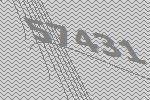
57431